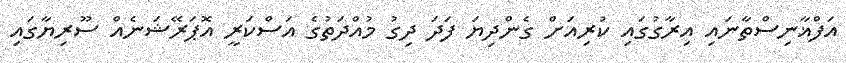
އަފްޣާނިސްތާނައި އިރާގުގައި ކުރިއަށް ގެންދިޔަ ފަދަ ދިގު މުއްދަތުގެ އަސްކަރީ އޮޕަރޭޝަނެއް ސޫރިޔާގައި